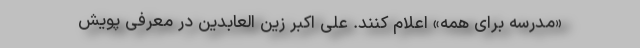
«مدرسه برای همه» اعلام کنند. علی اکبر زین العابدین در معرفی پویش